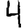
Digit: 4